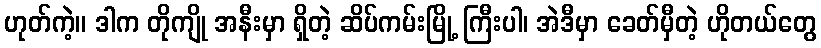
ဟုတ်ကဲ့။ ဒါက တိုကျို အနီးမှာ ရှိတဲ့ ဆိပ်ကမ်းမြို့ ကြီးပါ၊ အဲဒီမှာ ခေတ်မှီတဲ့ ဟိုတယ်တွေ